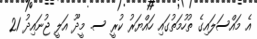
އެ މައްސަލައިގެ ތުހުމަތުގައި ހައްޔަރު ކުރީ ސ. މީދޫ އަލީ ޖުނައިދު 21